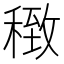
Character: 𥠽